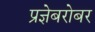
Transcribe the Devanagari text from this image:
प्रज्ञेबरोबर